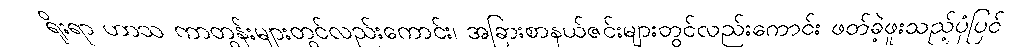
ရိုးရာ ဟာသ ကာတွန်းများတွင်လည်းကောင်း၊ အခြားစာနယ်ဇင်းများတွင်လည်းကောင်း ဖတ်ခဲ့ဖူးသည့်ပုံပြင်